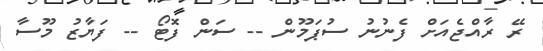
ރޭ ރާއްޖެއަށް ފެނުނު ސުޕަމޫން -- ސަން ފޮޓޯ -- ފަޔާޒު މޫސާ